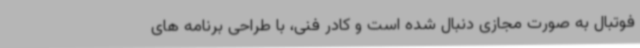
فوتبال به صورت مجازی دنبال شده است و کادر فنی، با طراحی برنامه های